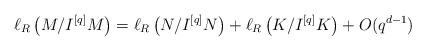
LaTeX: \begin{align*} \ell_{R}\left(M/{I^{[q]}M}\right)=\ell_{R}\left(N/{I^{[q]}N}\right)+\ell_{R}\left(K/{I^{[q]}K}\right)+O(q^{d-1})\end{align*}